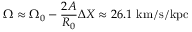
\Omega \approx \Omega _ { 0 } - { \frac { 2 A } { R _ { 0 } } } \Delta X \approx 2 6 . 1 { \mathrm { ~ k m / s / k p c } }